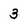
Character: 3